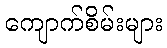
ကျောက်စိမ်းများ